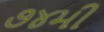
૭૪મી